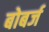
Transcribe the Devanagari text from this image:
बोबर्ज